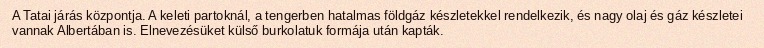
A Tatai járás központja. A keleti partoknál, a tengerben hatalmas földgáz készletekkel rendelkezik, és nagy olaj és gáz készletei vannak Albertában is. Elnevezésüket külső burkolatuk formája után kapták.